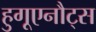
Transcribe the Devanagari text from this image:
हुगूएनौट्स